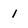
Character: 1